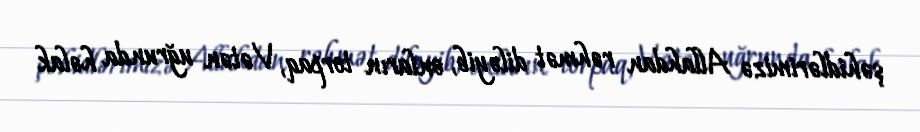
şəhidlərimizə Allahdan rəhmət diləyib, onların torpaq, Vətən uğrunda həlak